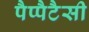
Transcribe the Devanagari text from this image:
पैप्पैटैसी